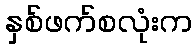
နှစ်ဖက်စလုံးက